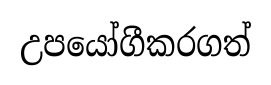
උපයෝගීකරගත්